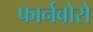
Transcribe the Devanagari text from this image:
फार्नबोरो